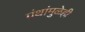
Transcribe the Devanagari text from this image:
ग्रंथांमुळेही